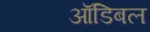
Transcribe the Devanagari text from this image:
ऑडिबल